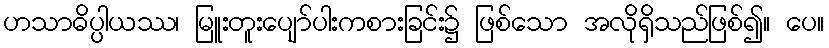
ဟသာဓိပ္ပါယဿ၊ မြူးတူးပျော်ပါးကစားခြင်း၌ ဖြစ်သော အလိုရှိသည်ဖြစ်၍။ ပေ။